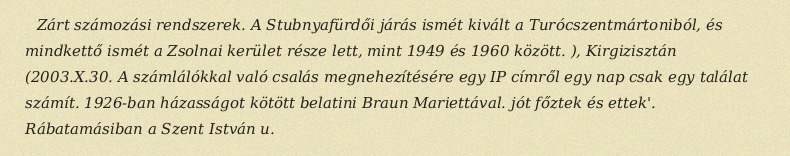
Zárt számozási rendszerek. A Stubnyafürdői járás ismét kivált a Turócszentmártoniból, és mindkettő ismét a Zsolnai kerület része lett, mint 1949 és 1960 között. ), Kirgizisztán (2003.X.30. A számlálókkal való csalás megnehezítésére egy IP címről egy nap csak egy találat számít. 1926-ban házasságot kötött belatini Braun Mariettával. jót főztek és ettek'. Rábatamásiban a Szent István u.